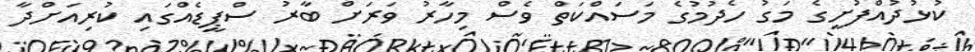
ކުޅުދުއްފުށީގެ މަގު ހެދުމުގެ މަސައްކަތް ވެސް މިހާރު ވަރަށް ބާރު ސްޕީޑެއްގައި ކުރިއަށްދާ